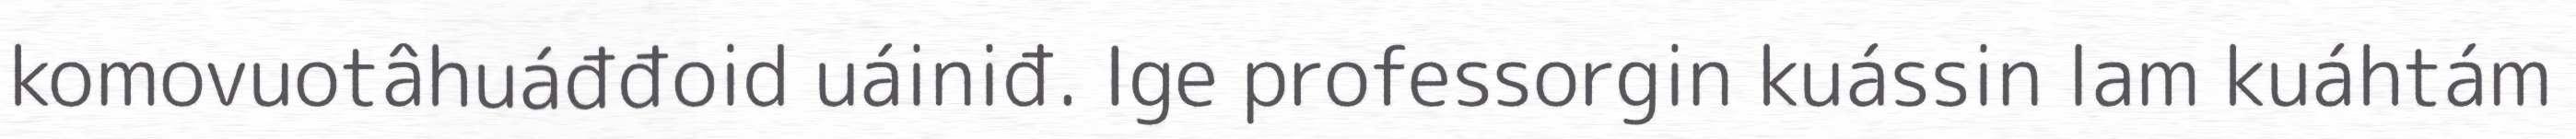
komovuotâhuáđđoid uáiniđ. Ige professorgin kuássin lam kuáhtám